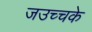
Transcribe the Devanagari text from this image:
जउच्चके